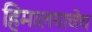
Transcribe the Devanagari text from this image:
हिमालयाचेच